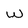
Character: w